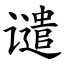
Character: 谴